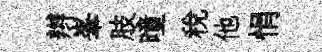
辫峯肢曈税他悁